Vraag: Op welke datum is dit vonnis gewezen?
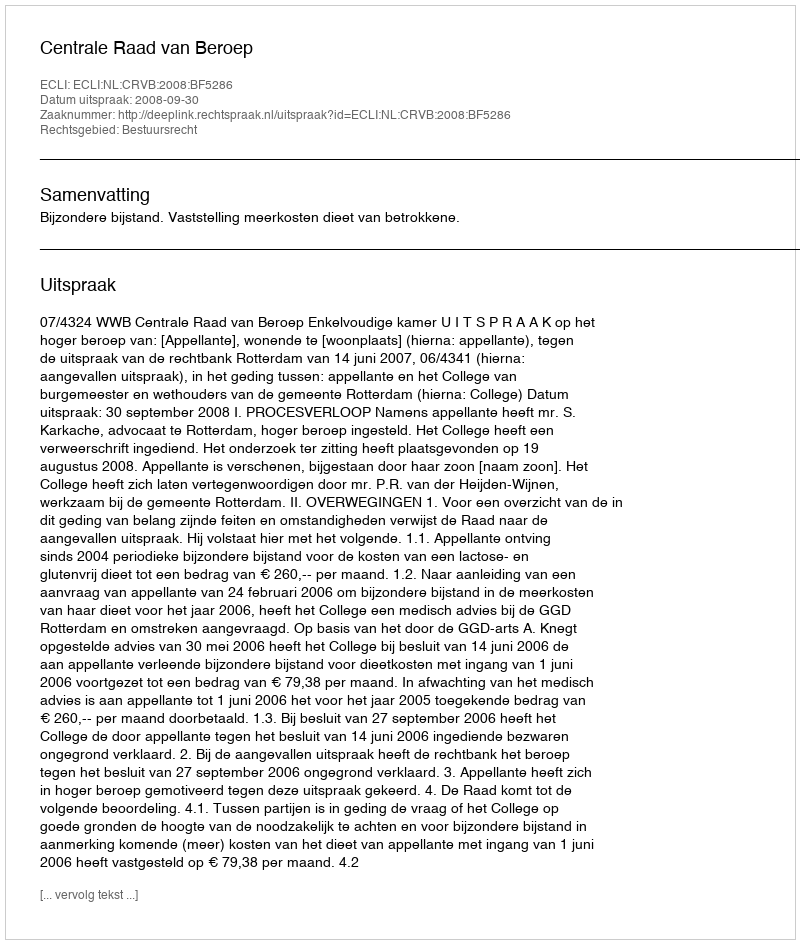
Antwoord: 2008-09-30